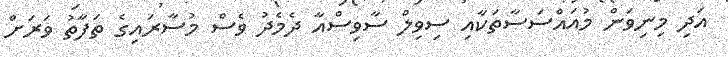
އަދި މިނިވަން މުއައްސަސާތަކާއި ސިވިލް ސާވިސްއާ ދެމެދު ވެސް މުސާރައިގެ ތަފާތު ވަރަށް